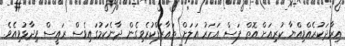
އިރާދަކުރެއްވިއްޔާ ކުރިއަށް އޮތް ފަސް އަހަރު އަލަށް ތަޢާރަފްކުރެވިގެން ދާނެކަމުގައިވެސް ރައީސް ވިދާޅުވިއެވެ.